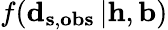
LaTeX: f(\mathbf{d}_{\mathbf{s},\mathbf{obs}}\left|\mathbf{h},\mathbf{b}\right)